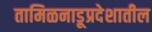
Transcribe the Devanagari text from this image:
तामिळनाडूप्रदेशातील